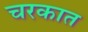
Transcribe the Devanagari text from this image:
चरकात